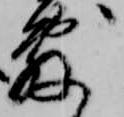
敷